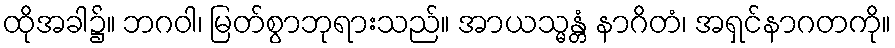
ထိုအခါ၌။ ဘဂဝါ၊ မြတ်စွာဘုရားသည်။ အာယသ္မန္တံ နာဂိတံ၊ အရှင်နာဂတကို။